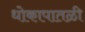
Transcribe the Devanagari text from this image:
धोकापातळी